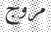
مروج